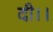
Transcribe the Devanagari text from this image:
दी।।